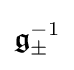
{\boldsymbol {\mathfrak {g}}}_{\pm }^{-1}